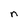
Character: n